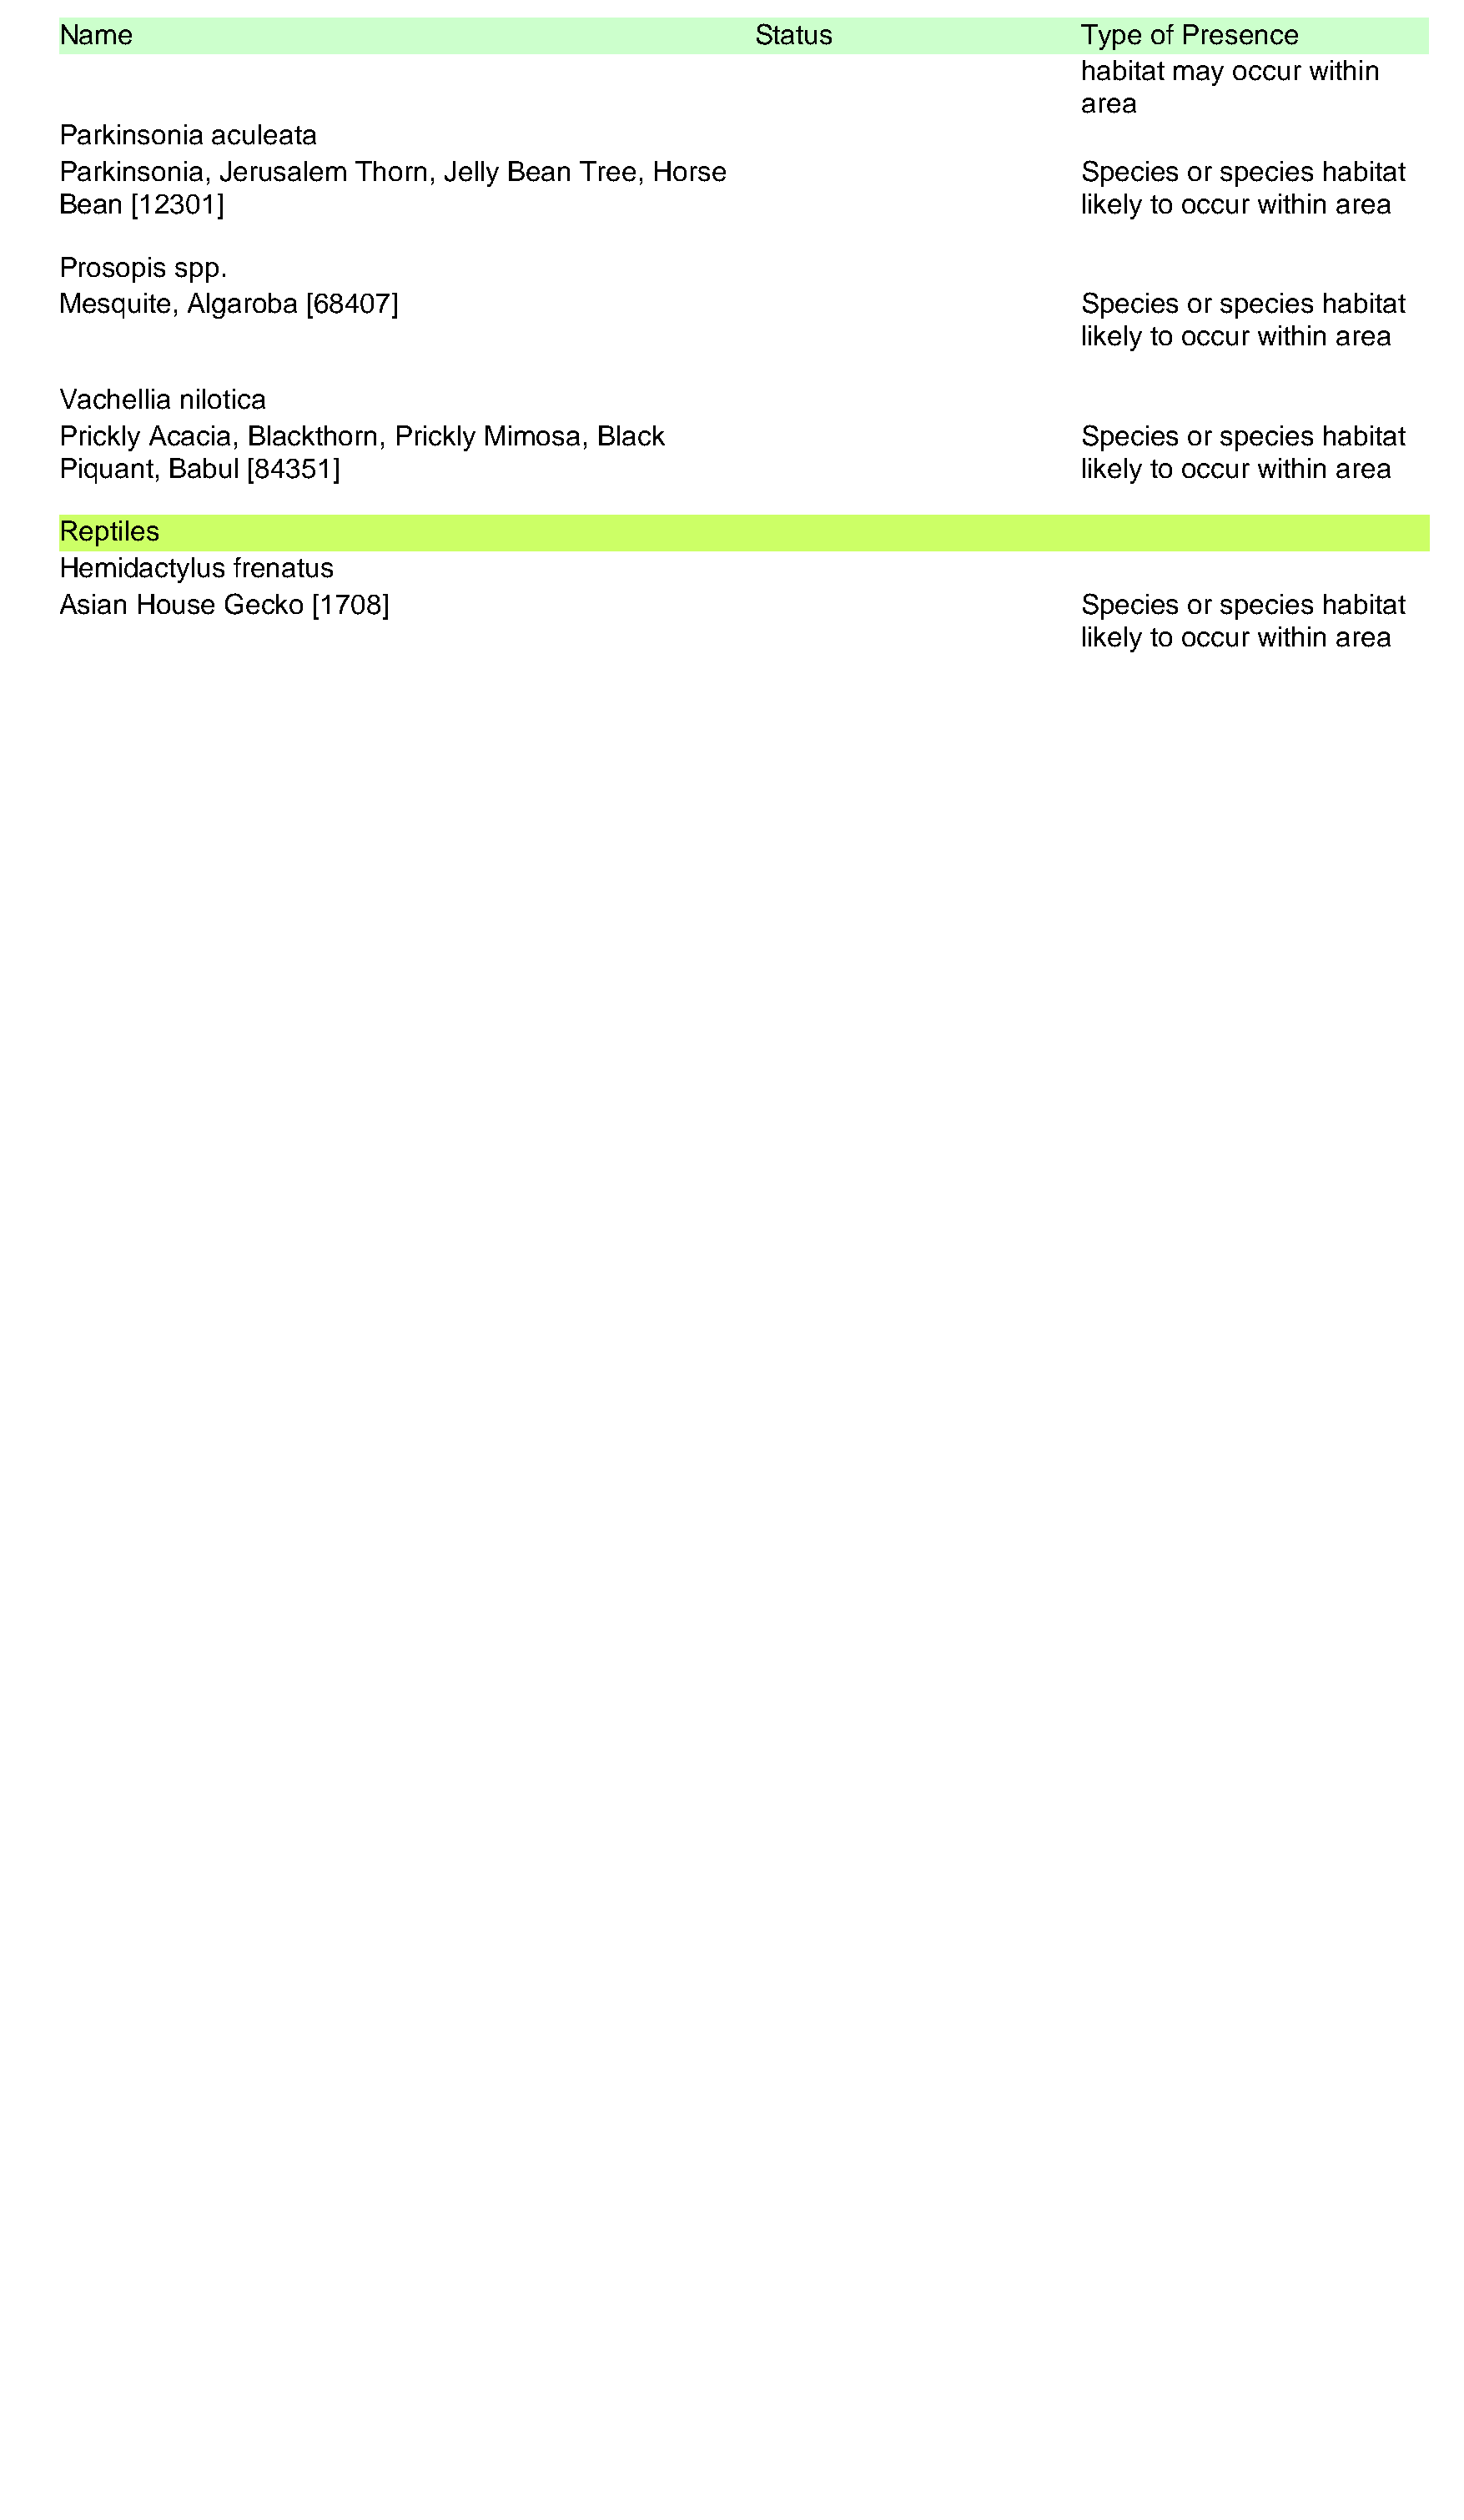
Name                                                   Status                    Type of Presence
 habitat may occur within
 area
 Parkinsonia aculeata
 Parkinsonia, Jerusalem Thorn, Jelly Bean Tree, Horse                             Species or species habitat
 Bean [12301]                                                                     likely to occur within area
 Prosopis spp.
 Mesquite, Algaroba [68407]                                                       Species or species habitat
 likely to occur within area
 Vachellia nilotica
 Prickly Acacia, Blackthorn, Prickly Mimosa, Black                                Species or species habitat
 Piquant, Babul [84351]                                                           likely to occur within area
 Reptiles
 Hemidactylus  frenatus
 Asian House  Gecko  [1708]                                                       Species or species habitat
 likely to occur within area